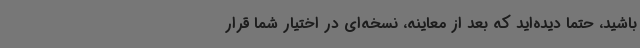
باشید، حتماً دیده‌اید که بعد ‌از معاینه، نسخه‌ای در اختیار شما قرار